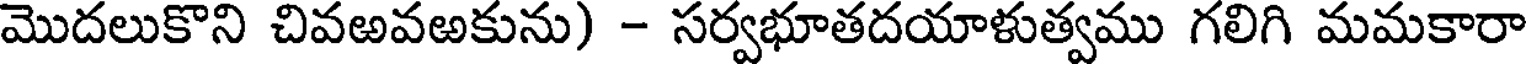
మొదలుకొని చివఱవఱకును) - సర్వభూతదయాళుత్వము గలిగి మమకారా